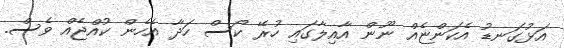
އަޅުގަނޑު އެކަންޏެއް ނޫން އާއިލާގައި ހުރޭ ކޯސް ހަދާ އެހެން ކުއްޖެއް ވެސް.